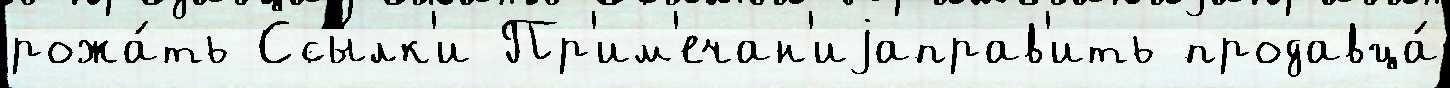
рожа́ть Ссы́лк'и Пр'им'ечан'иjаправ'ить продавца́